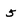
Character: 5